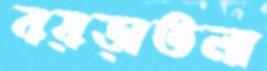
বয়ড়াতলা